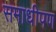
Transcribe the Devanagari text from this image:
समाधीपण